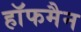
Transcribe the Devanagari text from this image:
हाॅफमैन